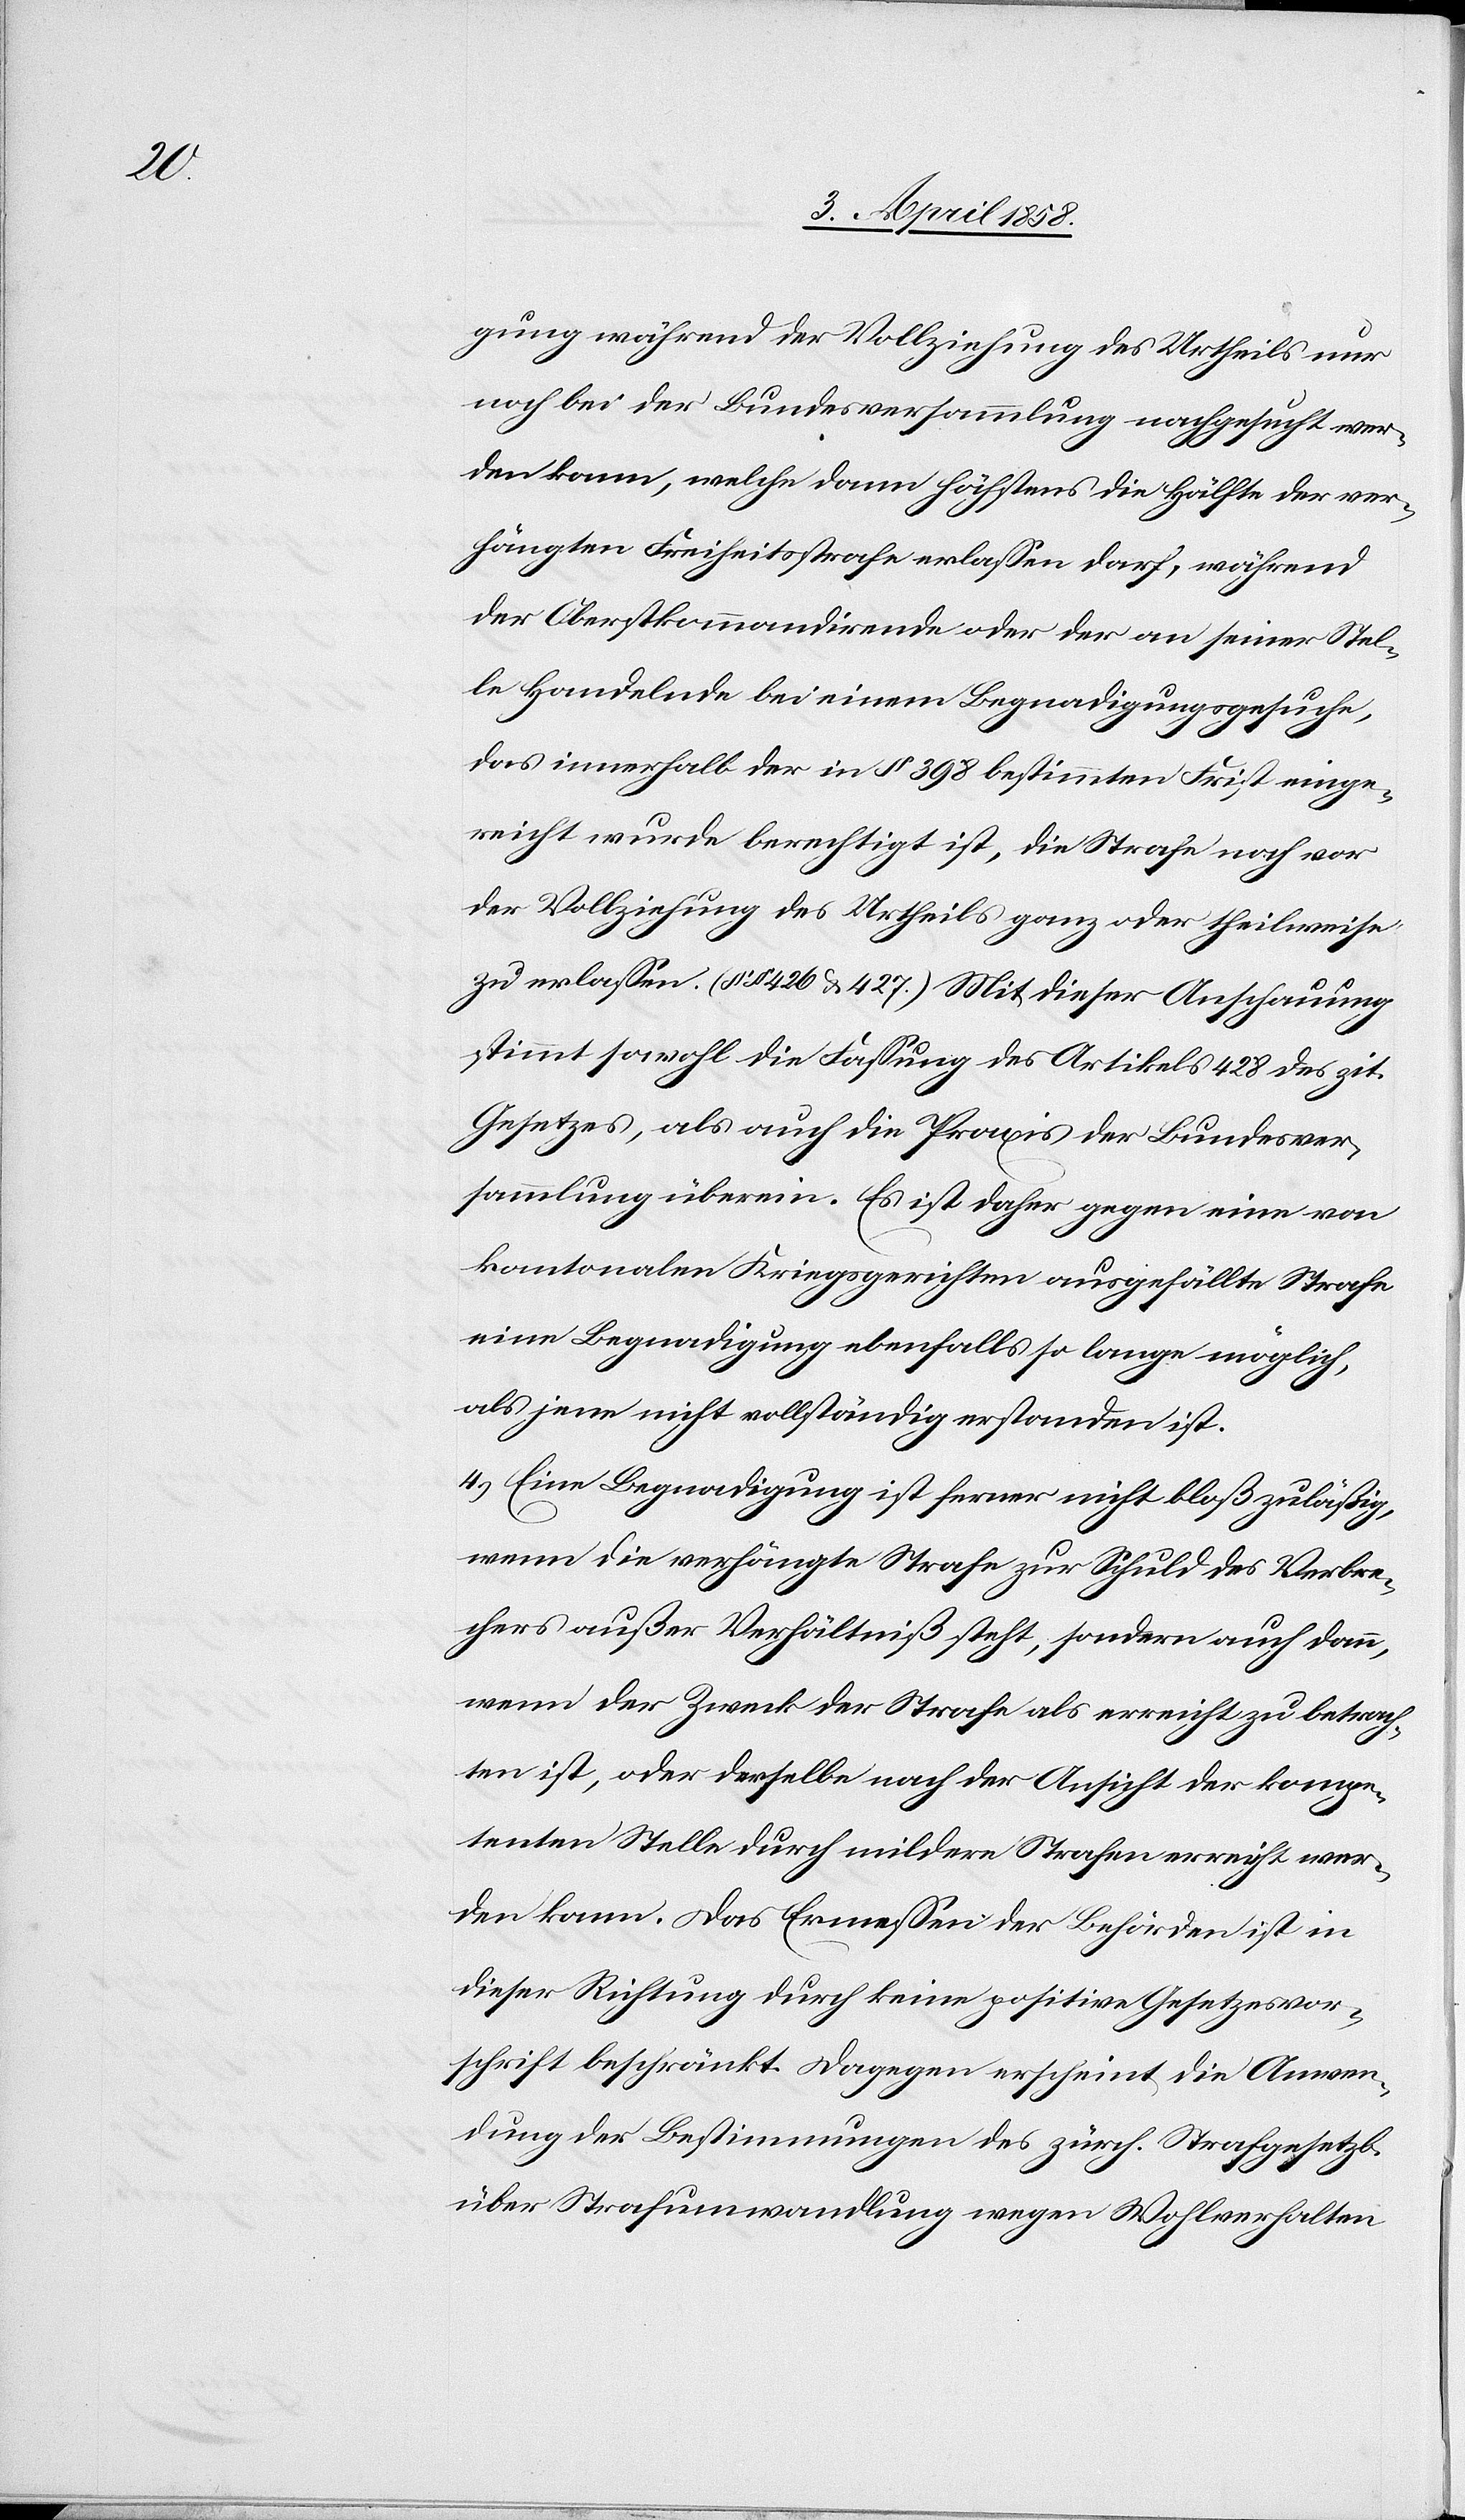
gung während der Vollziehung des Urtheils nur
noch bei der Bundesversammlung nachgesucht wer¬
den kann, welche dann höchstens die Hälfte der ver¬
hängten Freiheitsstrafe erlassen darf, während
der Oberstkommandirende oder der an seiner Stel¬
le Handelnde bei einem Begnadigungsgesuche,
das innerhalb der in § 398 bestimmten Frist einge¬
reicht wurde berechtigt ist, die Strafe noch vor
der Vollziehung des Urtheils ganz oder theilweise
zu erlassen. (§§ 426 u. 427) Mit dieser Anschauung
stimmt sowohl die Fassung des Artikels 428 des zit.
Gesetzes, als auch die Praxis der Bundesver¬
sammlung überein. Es ist daher gegen eine von
kantonalen Kriegsgerichten ausgefällte Strafe
eine Begnadigung ebenfalls so lange möglich,
als jene nicht vollständig erstanden ist.
4.) Eine Begnadigung ist ferner nicht bloß zuläßig,
wenn die verhängte Strafe zur Schuld des Verbre¬
chers außer Verhältniß steht, sondern auch dann,
wenn der Zweck der Strafe als erreicht zu betrach¬
ten ist, oder derselbe nach der Ansicht der kompe¬
tenten Stelle durch mildere Strafen erreicht wer¬
den kann. Das Ermessen der Behörden ist in
dieser Richtung durch keine positive Gesetzesvor¬
schrift beschränkt. Dagegen erscheint die Anwen¬
dung der Bestimmungen des zürch. Strafgesetzb.
über Strafumwandlung wegen Wohlverhalten